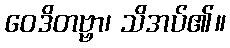
ဝေဒိတဗ္ဗာ၊ သိအပ်၏။